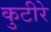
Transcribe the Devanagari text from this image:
कुटीरे